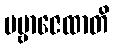
ပဗ္ဗာဇေထာတိ